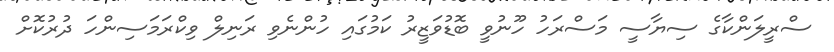
ސްރީލަންކާގެ ސިޔާސީ މަސްރަހު ހޫނުވީ ބޮޑުވަޒީރު ކަމުގައި ހުންނެވި ރަނިލް ވިކްރަމަސިންހަ ދުރުކޮށް